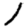
Digit: 1